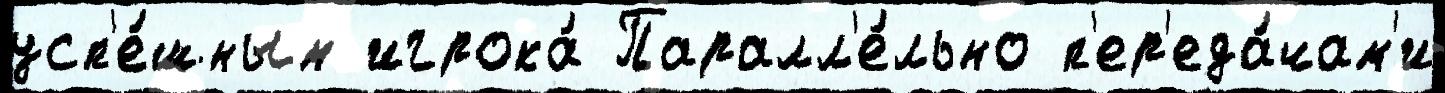
усп'е́шным игрока́ Паралл'е́льно п'ер'еда́чам'и